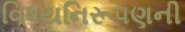
વિષયનિરૂપણની